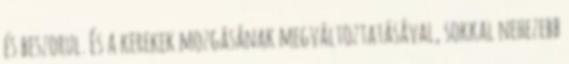
és beszorul. És a kerekek mozgásának megváltoztatásával, sokkal nehezebb